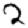
Digit: 2